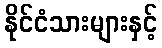
နိုင်ငံသားများနှင့်